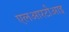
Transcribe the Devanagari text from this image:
एलआरटीआइ